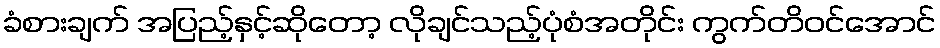
ခံစားချက် အပြည့်နှင့်ဆိုတော့ လိုချင်သည့်ပုံစံအတိုင်း ကွက်တိဝင်အောင်